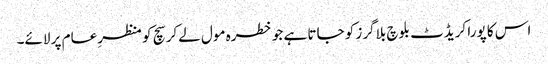
اس کا پورا کریڈٹ بلوچ بلاگرز کو جاتا ہے جو خطرہ مول لےکر سچ کو منظرِ عام پر لائے۔